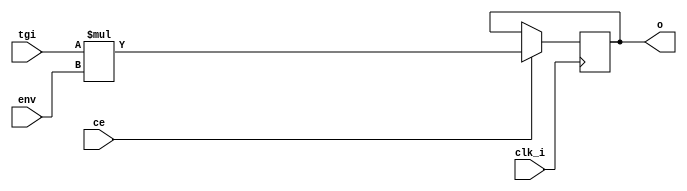
/* ============================================================================
	(C) 2007  Robert Finch
	All rights reserved.
	rob@birdcomputer.ca

	bcPSGShaper.v 
		Shape the channels by applying the envelope to the tone generator
	output.


    This source code is available for evaluation and validation purposes
    only. This copyright statement and disclaimer must remain present in
    the file.


	NO WARRANTY.
    THIS Work, IS PROVIDEDED "AS IS" WITH NO WARRANTIES OF ANY KIND, WHETHER
    EXPRESS OR IMPLIED. The user must assume the entire risk of using the
    Work.

    IN NO EVENT SHALL THE AUTHOR OR CONTRIBUTORS BE LIABLE FOR ANY
    INCIDENTAL, CONSEQUENTIAL, OR PUNITIVE DAMAGES WHATSOEVER RELATING TO
    THE USE OF THIS WORK, OR YOUR RELATIONSHIP WITH THE AUTHOR.

    IN ADDITION, IN NO EVENT DOES THE AUTHOR AUTHORIZE YOU TO USE THE WORK
    IN APPLICATIONS OR SYSTEMS WHERE THE WORK'S FAILURE TO PERFORM CAN
    REASONABLY BE EXPECTED TO RESULT IN A SIGNIFICANT PHYSICAL INJURY, OR IN
    LOSS OF LIFE. ANY SUCH USE BY YOU IS ENTIRELY AT YOUR OWN RISK, AND YOU
    AGREE TO HOLD THE AUTHOR AND CONTRIBUTORS HARMLESS FROM ANY CLAIMS OR
    LOSSES RELATING TO SUCH UNAUTHORIZED USE.
	
============================================================================ */

module PSGShaper(clk_i, ce, tgi, env, o);
input clk_i;		// clock
input ce;			// clock enable
input [11:0] tgi;	// tone generator input
input [7:0] env;	// envelop generator input
output [19:0] o;	// shaped output
reg [19:0] o;		// shaped output

// shape output according to envelope
always @(posedge clk_i)
	if (ce)
		o <= tgi * env;

endmodule